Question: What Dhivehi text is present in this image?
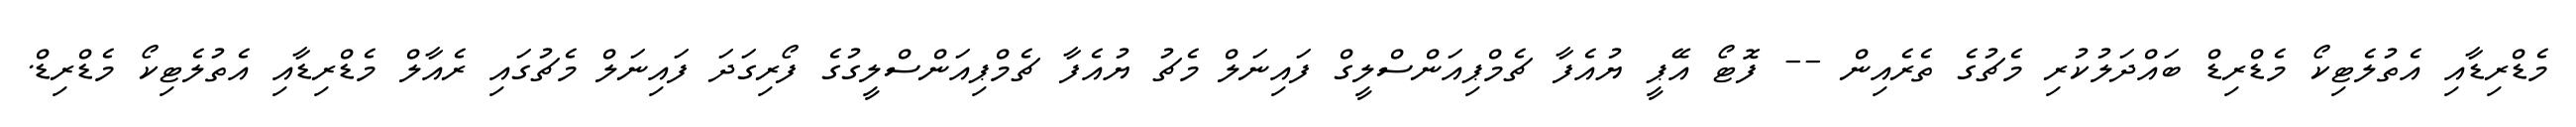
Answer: މެޑްރިޑާއި އެތުލެޓިކޯ މެޑްރިޑް ބައްދަލުކުރި މެޗުގެ ތެރެއިން -- ފޮޓޯ އޭޕީ ޔުއެފާ ޗެމްޕިއަންސްލީގް ފައިނަލް މެޗު ޔުއެފާ ޗެމްޕިއަންސްލީގުގެ ފޯރިގަދަ ފައިނަލް މެޗުގައި ރެއާލް މެޑްރިޑާއި އެތުލެޓިކޯ މެޑްރިޑް.